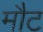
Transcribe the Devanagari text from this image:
मौट